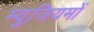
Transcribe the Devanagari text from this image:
म्युजियमों